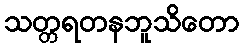
သတ္တရတနဘူသိတော